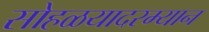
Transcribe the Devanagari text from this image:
सोहळयादरम्यान